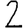
Digit: 2